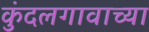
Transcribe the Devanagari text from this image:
कुंदलगावाच्या